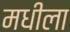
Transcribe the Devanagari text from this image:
मधीला